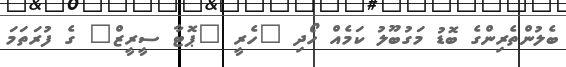
ބެލުންތެރިންގެ ބޮޑު މަގުބޫލު ކަމެއް ހޯދި "ހެރީ "ޕޮޓާ ސީރީޒް" ގެ ފުރަތަމަ